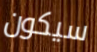
سيكون